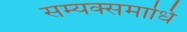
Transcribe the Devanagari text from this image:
सम्यक्समाधि